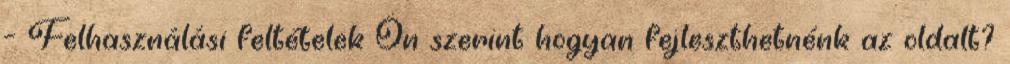
– Felhasználási feltételek Ön szerint hogyan fejleszthetnénk az oldalt?